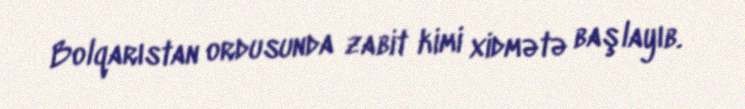
Bolqarıstan ordusunda zabit kimi xidmətə başlayıb.